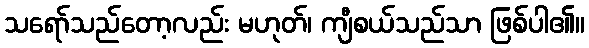
သရော်သည်တော့လည်း မဟုတ်၊ ကျီစယ်သည်သာ ဖြစ်ပါ၏။